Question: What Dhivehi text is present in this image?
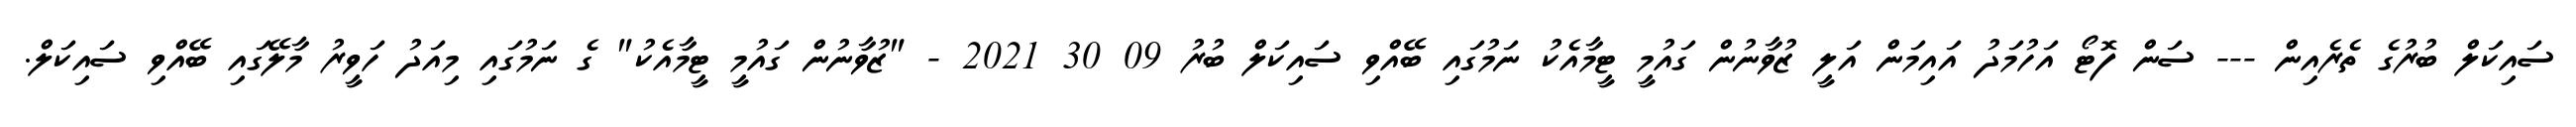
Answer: ސައިކަލް ބުރުގެ ތެރެއިން --- ސަން ފޮޓޯ އަހުމަދު އައިމަން އަލީ ޒުވާނުން ގައުމީ ޓީމާއެކު ނަމުގައި ބޭއްވި ސައިކަލް ބުރު 09 30 2021 - "ޒުވާނުން ގައުމީ ޓީމާއެކު" ގެ ނަމުގައި މިއަދު ހަވީރު މާލޭގައި ބޭއްވި ސައިކަލް.